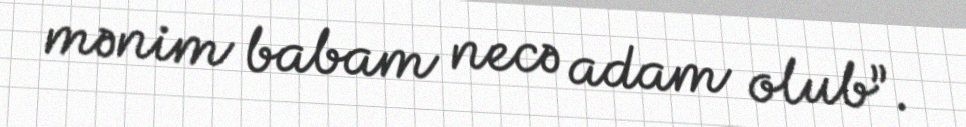
mənim babam necə adam olub”.